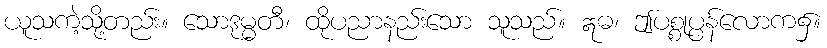
ယူသကဲ့သို့တည်း။ သောဒုမ္မတီ၊ ထိုပညာနည်းသော သူသည်။ ဣဓ၊ ဤပစ္စုပ္ပန်လောက၌။